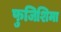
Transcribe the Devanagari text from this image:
फुजिशिमा